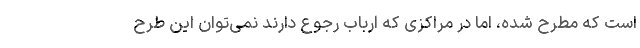
است که مطرح شده، اما در مراکزی که ارباب رجوع دارند نمی‌توان این طرح